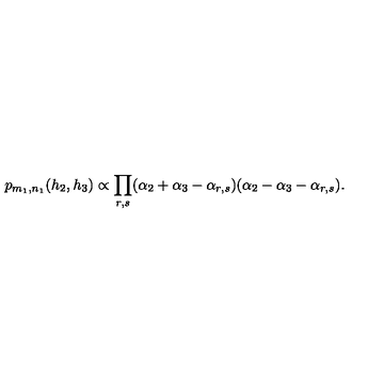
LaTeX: p _ { m _ { 1 } , n _ { 1 } } ( h _ { 2 } , h _ { 3 } ) \propto \prod _ { r , s } ( \alpha _ { 2 } + \alpha _ { 3 } - \alpha _ { r , s } ) ( \alpha _ { 2 } - \alpha _ { 3 } - \alpha _ { r , s } ) .